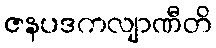
ဇနပဒကလျာဏီတိ